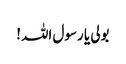
بولی یا رسول اللہ!